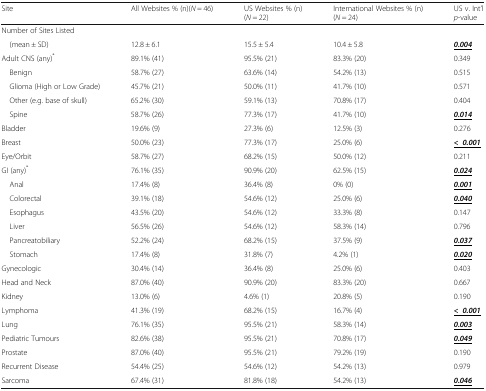
<table><thead><tr><td><b>Site</b></td><td><b>All Websites % (n)(<i>N</i> = 46)</b></td><td><b>US Websites % (n)(<i>N</i> = 22)</b></td><td><b>International Websites % (n)(<i>N</i> = 24)</b></td><td><b>US v. Int’l<i>p</i>-value</b></td></tr></thead><tbody><tr><td colspan="5">Number of Sites Listed</td></tr><tr><td> (mean ± SD)</td><td>12.8 ± 6.1</td><td>15.5 ± 5.4</td><td>10.4 ± 5.8</td><td><b><i><underline>0.004</underline></i></b></td></tr><tr><td>Adult CNS (any)<sup>*</sup></td><td>89.1% (41)</td><td>95.5% (21)</td><td>83.3% (20)</td><td>0.349</td></tr><tr><td> Benign</td><td>58.7% (27)</td><td>63.6% (14)</td><td>54.2% (13)</td><td>0.515</td></tr><tr><td> Glioma (High or Low Grade)</td><td>45.7% (21)</td><td>50.0% (11)</td><td>41.7% (10)</td><td>0.571</td></tr><tr><td> Other (e.g. base of skull)</td><td>65.2% (30)</td><td>59.1% (13)</td><td>70.8% (17)</td><td>0.404</td></tr><tr><td> Spine</td><td>58.7% (26)</td><td>77.3% (17)</td><td>41.7% (10)</td><td><b><i><underline>0.014</underline></i></b></td></tr><tr><td>Bladder</td><td>19.6% (9)</td><td>27.3% (6)</td><td>12.5% (3)</td><td>0.276</td></tr><tr><td>Breast</td><td>50.0% (23)</td><td>77.3% (17)</td><td>25.0% (6)</td><td><b><i><underline>&lt;0.001</underline></i></b></td></tr><tr><td>Eye/Orbit</td><td>58.7% (27)</td><td>68.2% (15)</td><td>50.0% (12)</td><td>0.211</td></tr><tr><td>GI (any)<sup>*</sup></td><td>76.1% (35)</td><td>90.9% (20)</td><td>62.5% (15)</td><td><b><i><underline>0.024</underline></i></b></td></tr><tr><td> Anal</td><td>17.4% (8)</td><td>36.4% (8)</td><td>0% (0)</td><td><b><i><underline>0.001</underline></i></b></td></tr><tr><td> Colorectal</td><td>39.1% (18)</td><td>54.6% (12)</td><td>25.0% (6)</td><td><b><i><underline>0.040</underline></i></b></td></tr><tr><td> Esophagus</td><td>43.5% (20)</td><td>54.6% (12)</td><td>33.3% (8)</td><td>0.147</td></tr><tr><td> Liver</td><td>56.5% (26)</td><td>54.6% (12)</td><td>58.3% (14)</td><td>0.796</td></tr><tr><td> Pancreatobiliary</td><td>52.2% (24)</td><td>68.2% (15)</td><td>37.5% (9)</td><td><b><i><underline>0.037</underline></i></b></td></tr><tr><td> Stomach</td><td>17.4% (8)</td><td>31.8% (7)</td><td>4.2% (1)</td><td><b><i><underline>0.020</underline></i></b></td></tr><tr><td>Gynecologic</td><td>30.4% (14)</td><td>36.4% (8)</td><td>25.0% (6)</td><td>0.403</td></tr><tr><td>Head and Neck</td><td>87.0% (40)</td><td>90.9% (20)</td><td>83.3% (20)</td><td>0.667</td></tr><tr><td>Kidney</td><td>13.0% (6)</td><td>4.6% (1)</td><td>20.8% (5)</td><td>0.190</td></tr><tr><td>Lymphoma</td><td>41.3% (19)</td><td>68.2% (15)</td><td>16.7% (4)</td><td><b><i><underline>&lt;0.001</underline></i></b></td></tr><tr><td>Lung</td><td>76.1% (35)</td><td>95.5% (21)</td><td>58.3% (14)</td><td><b><i><underline>0.003</underline></i></b></td></tr><tr><td>Pediatric Tumours</td><td>82.6% (38)</td><td>95.5% (21)</td><td>70.8% (17)</td><td><b><i><underline>0.049</underline></i></b></td></tr><tr><td>Prostate</td><td>87.0% (40)</td><td>95.5% (21)</td><td>79.2% (19)</td><td>0.190</td></tr><tr><td>Recurrent Disease</td><td>54.4% (25)</td><td>54.6% (12)</td><td>54.2% (13)</td><td>0.979</td></tr><tr><td>Sarcoma</td><td>67.4% (31)</td><td>81.8% (18)</td><td>54.2% (13)</td><td><b><i><underline>0.046</underline></i></b></td></tr></tbody></table>